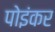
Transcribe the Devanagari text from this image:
पोइंकर